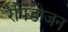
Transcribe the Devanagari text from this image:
रैपिडोजन